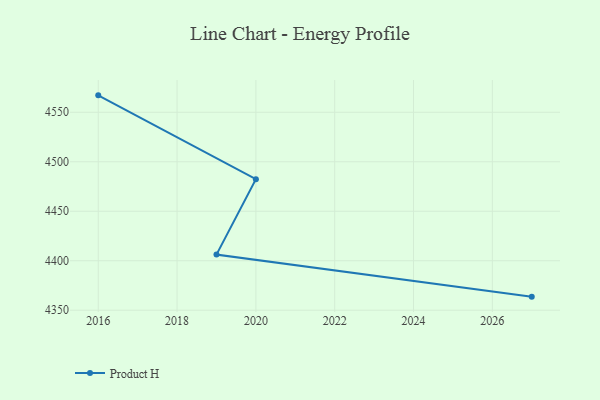
{"axis": {"x": "Year", "y": "Active Users"}, "legend": ["Product H"], "data": [{"x": "2027", "y": 4363.7, "type": "Product H"}, {"x": "2019", "y": 4406.2, "type": "Product H"}, {"x": "2020", "y": 4482.4, "type": "Product H"}, {"x": "2016", "y": 4567.1, "type": "Product H"}]}